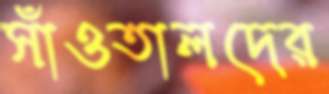
সাঁওতালদের